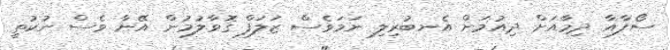
ސޯފާއާ ދިމާއަށް ދިއުމަށް އެނބުރިލި ނަމަވެސް ޒަލަފް ގޮވާލުމުން އޭނާ ވެސް ނުކުތީ